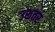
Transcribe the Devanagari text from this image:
उशतर